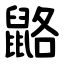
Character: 䶅